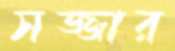
সজ্জার